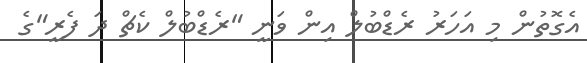
އެގޮތުން މި އަހަރު ރެޑްބުލް އިން ވަނީ "ރެޑްބުލް ކެޗް ދަ ފެރީ"ގެ